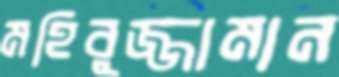
মহিবুজ্জামান